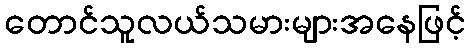
တောင်သူလယ်သမားများအနေဖြင့်